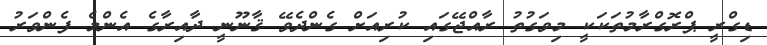
ޑިގްރީ ޕްރޮގްރާމުތަކަކީ މިވަގުތު ރާއްޖޭގައި ކުރިއަށް ގެންދެވޭ ޤާނޫނީ ދާއިރާގެ އެންމެ ފެންވަރު